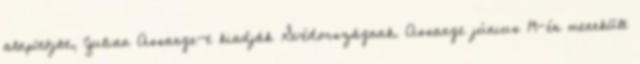
alapítóját, Julian Assange-t kiadják Svédországnak. Assange június 19-én menekült